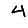
Digit: 4